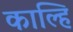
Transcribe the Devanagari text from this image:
काल्हि